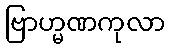
ဗြာဟ္မဏကုလာ